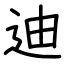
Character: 迪